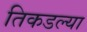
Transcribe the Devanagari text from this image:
तिकडल्या